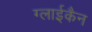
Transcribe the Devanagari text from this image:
ग्लाईकैन